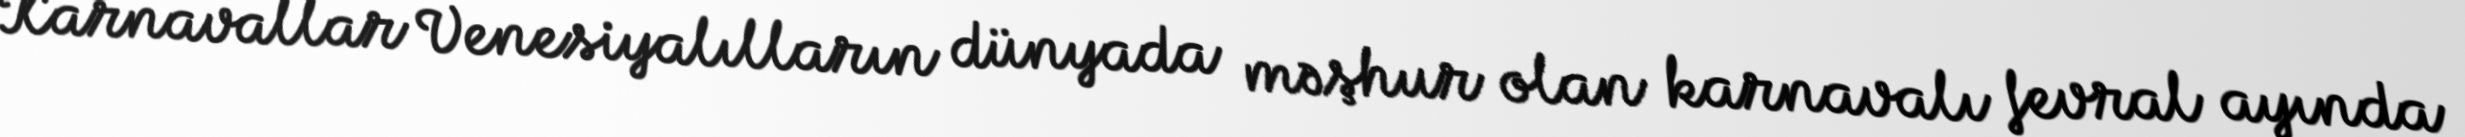
Karnavallar Venesiyalılların dünyada məşhur olan karnavalı fevral ayında